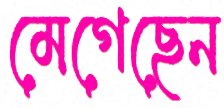
মেগেছেন